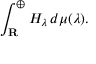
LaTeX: \int _ { \mathbf { R } } ^ { \oplus } H _ { \lambda } \, d \mu ( \lambda ) .